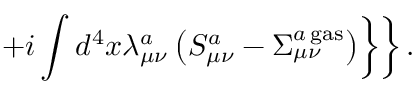
\left. \left. + i \int d ^ { 4 } x \lambda _ { \mu \nu } ^ { a } \left( S _ { \mu \nu } ^ { a } - \Sigma _ { \mu \nu } ^ { a { \, } \mathrm { g a s } } \right) \right\} \right\} .